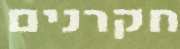
חקרנים